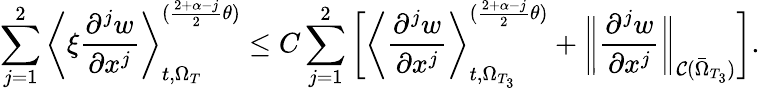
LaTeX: \sum_{j=1}^{2}\bigg\langle\xi\frac{\partial^{j}w}{\partial x^{j}}\bigg\rangle_{t,\Omega_{T}}^{(\frac{2+\alpha-j}{2}\theta)}\leq C\sum_{j=1}^{2}\bigg[\bigg\langle\frac{\partial^{j}w}{\partial x^{j}}\bigg\rangle_{t,\Omega_{T_{3}}}^{(\frac{2+\alpha-j}{2}\theta)}+\bigg\| \frac{\partial^{j}w}{\partial x^{j}}\bigg\| _{\mathcal{C}(\bar{\Omega}_{T_{3}})}\bigg].